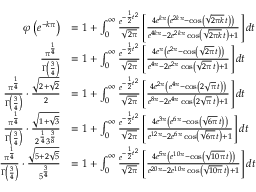
{ \begin{array} { r l } { \varphi \left( e ^ { - k \pi } \right) } & { = 1 + \int _ { 0 } ^ { \infty } { \frac { e ^ { - { \frac { 1 } { 2 } } t ^ { 2 } } } { \sqrt { 2 \pi } } } \left[ { \frac { 4 e ^ { k \pi } \left( e ^ { 2 k \pi } - \cos \left( { \sqrt { 2 \pi k } } \, t \right) \right) } { e ^ { 4 k \pi } - 2 e ^ { 2 k \pi } \cos \left( { \sqrt { 2 \pi k } } \, t \right) + 1 } } \right] d t } \\ { { \frac { \pi ^ { \frac { 1 } { 4 } } } { \Gamma \left( { \frac { 3 } { 4 } } \right) } } } & { = 1 + \int _ { 0 } ^ { \infty } { \frac { e ^ { - { \frac { 1 } { 2 } } t ^ { 2 } } } { \sqrt { 2 \pi } } } \left[ { \frac { 4 e ^ { \pi } \left( e ^ { 2 \pi } - \cos \left( { \sqrt { 2 \pi } } \, t \right) \right) } { e ^ { 4 \pi } - 2 e ^ { 2 \pi } \cos \left( { \sqrt { 2 \pi } } \, t \right) + 1 } } \right] d t } \\ { { \frac { \pi ^ { \frac { 1 } { 4 } } } { \Gamma \left( { \frac { 3 } { 4 } } \right) } } \cdot { \frac { \sqrt { 2 + { \sqrt { 2 } } } } { 2 } } } & { = 1 + \int _ { 0 } ^ { \infty } { \frac { e ^ { - { \frac { 1 } { 2 } } t ^ { 2 } } } { \sqrt { 2 \pi } } } \left[ { \frac { 4 e ^ { 2 \pi } \left( e ^ { 4 \pi } - \cos \left( 2 { \sqrt { \pi } } \, t \right) \right) } { e ^ { 8 \pi } - 2 e ^ { 4 \pi } \cos \left( 2 { \sqrt { \pi } } \, t \right) + 1 } } \right] d t } \\ { { \frac { \pi ^ { \frac { 1 } { 4 } } } { \Gamma \left( { \frac { 3 } { 4 } } \right) } } \cdot { \frac { \sqrt { 1 + { \sqrt { 3 } } } } { 2 ^ { \frac { 1 } { 4 } } 3 ^ { \frac { 3 } { 8 } } } } } & { = 1 + \int _ { 0 } ^ { \infty } { \frac { e ^ { - { \frac { 1 } { 2 } } t ^ { 2 } } } { \sqrt { 2 \pi } } } \left[ { \frac { 4 e ^ { 3 \pi } \left( e ^ { 6 \pi } - \cos \left( { \sqrt { 6 \pi } } \, t \right) \right) } { e ^ { 1 2 \pi } - 2 e ^ { 6 \pi } \cos \left( { \sqrt { 6 \pi } } \, t \right) + 1 } } \right] d t } \\ { { \frac { \pi ^ { \frac { 1 } { 4 } } } { \Gamma \left( { \frac { 3 } { 4 } } \right) } } \cdot { \frac { \sqrt { 5 + 2 { \sqrt { 5 } } } } { 5 ^ { \frac { 3 } { 4 } } } } } & { = 1 + \int _ { 0 } ^ { \infty } { \frac { e ^ { - { \frac { 1 } { 2 } } t ^ { 2 } } } { \sqrt { 2 \pi } } } \left[ { \frac { 4 e ^ { 5 \pi } \left( e ^ { 1 0 \pi } - \cos \left( { \sqrt { 1 0 \pi } } \, t \right) \right) } { e ^ { 2 0 \pi } - 2 e ^ { 1 0 \pi } \cos \left( { \sqrt { 1 0 \pi } } \, t \right) + 1 } } \right] d t } \end{array} }